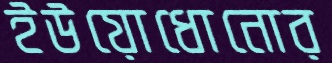
ইউয়োধোনোর